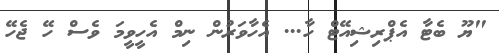
"ޔޫ ބެޓާ އެޕްރިޝިއޭޓް ހާ... އެހާވަރުން ނިމް އެހީވީމަ ވެސް ހޭ ޖެހޭ